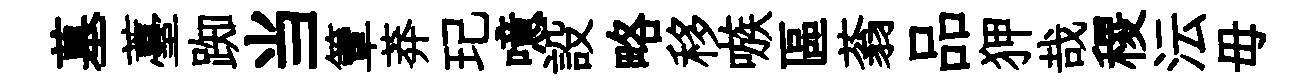
墓薹踟当簟莽玘噫設略移嗾區蓊品狎哉稷沄毋